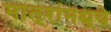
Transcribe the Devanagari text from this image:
मात्रांमध्ये